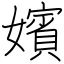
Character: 嬪